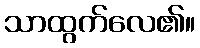
သာထွက်လေ၏။